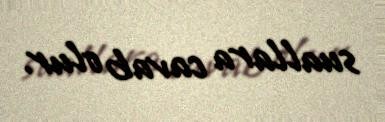
suallara cavab olur.